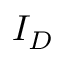
I _ { D }